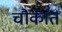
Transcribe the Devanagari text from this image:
चौकांत